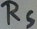
Text: RS